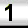
Digit: 1